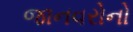
જાનવરોનો